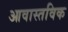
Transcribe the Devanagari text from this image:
आवास्तविक